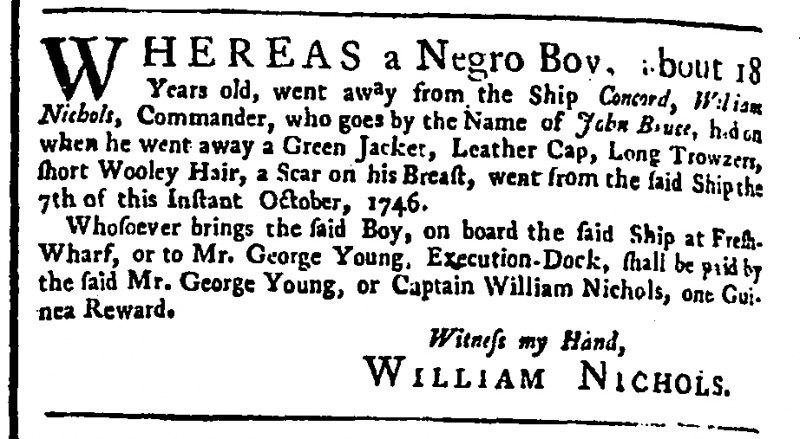
General Advertiser (1744), 13 October 1746 (England)
WHEREAS a Negro Boy, about 18 Years old, went away from the Ship Concord, William Nichols, Commander, who goes by the Name of John Bruce, had on when he went away a Green Jacket, Leather Cap, Long Trowzers, short Wooley Hair, a Scar on his Breast, went from the said Ship the 7th of this Instant October, 1746.  Whosoever brings the said Boy, on board the said Ship at Fresh-Wharf, or to Mr. George Young, Execution-Dock, shall be paid by the said Mr. George Young, or Captain William Nichols, one Guinea Reward.                                                Witness my Hand,                                               WILIIAM NICHOLS.